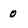
Character: 0